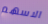
الاسهم